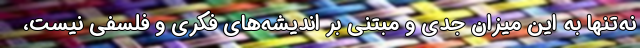
نه‌تنها به این میزان جدی و مبتنی بر اندیشه‌های فکری و فلسفی نیست،